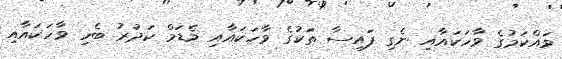
ވައްކަމުގެ ވާހަކައާއި ނެގި ފައިސާ ތަކުގެ ވާހަކައާއި މެޑަމް ކަދުރު ބެހި ވާހަކައާއި